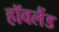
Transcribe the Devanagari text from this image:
हॉवलैंड